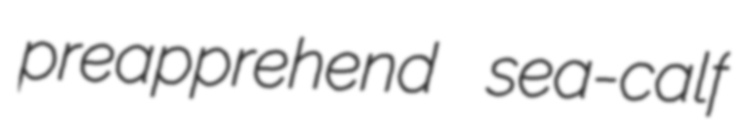
preapprehend sea-calf